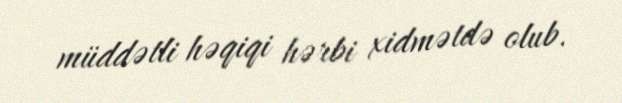
müddətli həqiqi hərbi xidmətdə olub.